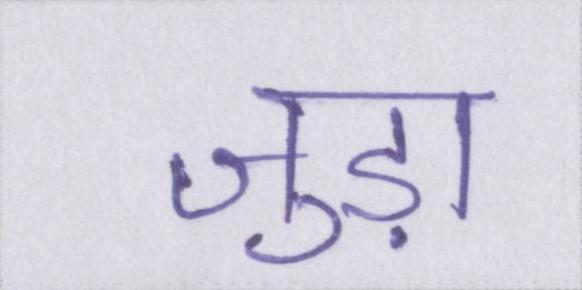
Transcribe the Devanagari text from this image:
जुड़ा